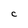
Character: C